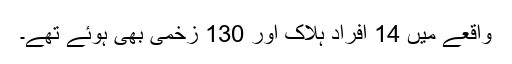
واقعے میں 14 افراد ہلاک اور 130 زخمی بھی ہوئے تھے۔